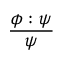
\frac { \phi : \psi } { \psi }